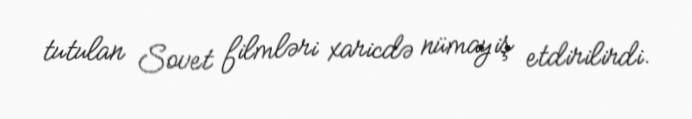
tutulan Sovet filmləri xaricdə nümayiş etdirilirdi.